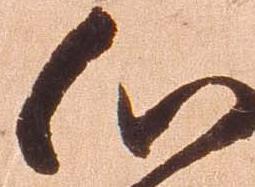
心